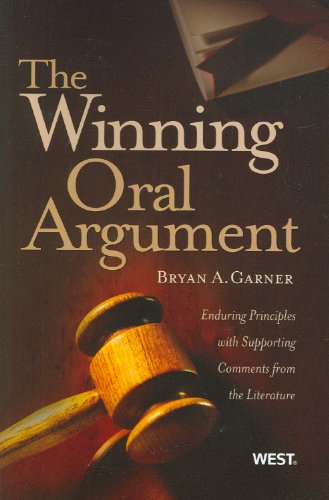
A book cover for The Winning Oral Argument: Enduring Principles with Supporting Comments from the Literature (American Casebook Series); Bryan Garner; Law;